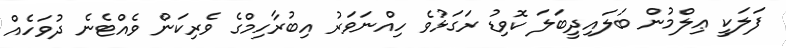
ފަލަކީ ޢިލްމުން ބަލައިދީބަލަ ކޮވިޑު ރަގަޅުވެ ހިއްނަވަރު އިބުރާހިމްގެ ވެރިކަން ވެއްޓެނެ ދުވަހެއް